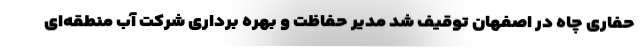
حفاری چاه در اصفهان توقیف شد مدیر حفاظت و بهره برداری شرکت آب منطقه‌ای